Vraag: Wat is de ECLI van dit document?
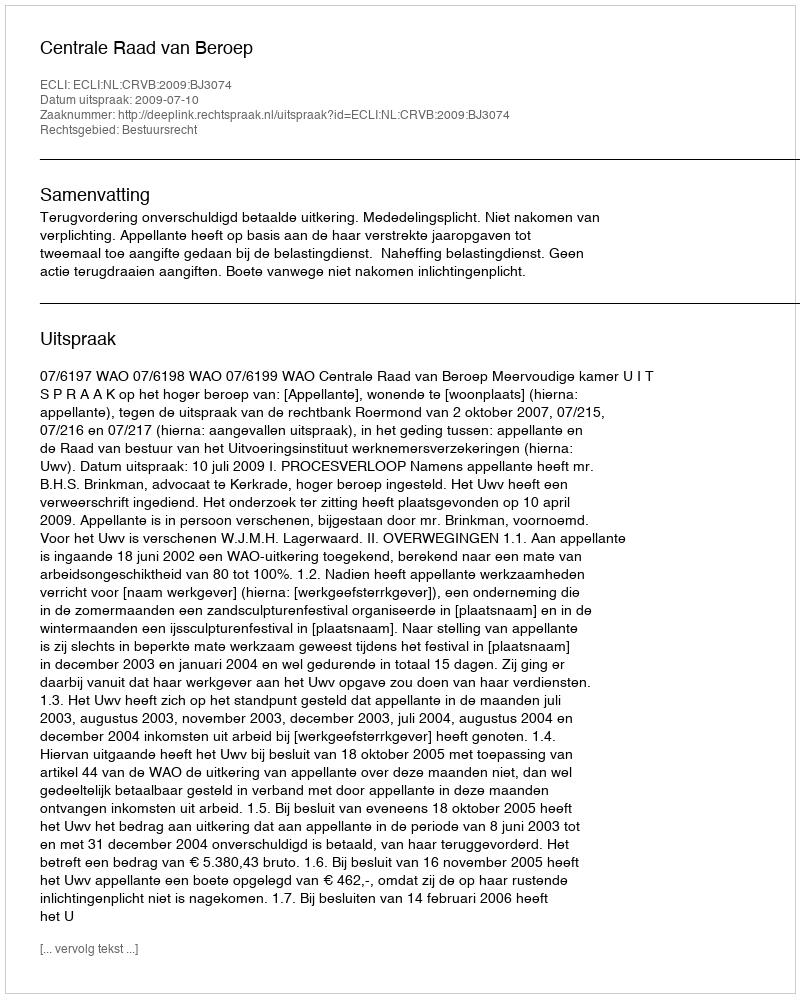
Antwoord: ECLI:NL:CRVB:2009:BJ3074